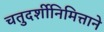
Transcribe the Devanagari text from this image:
चतुदर्शीनिमित्ताने